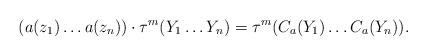
LaTeX: \begin{align*}(a(z_1)\dots a(z_n))\cdot \tau^m(Y_1\dots Y_n)=\tau^m(C_a(Y_1)\dots C_a(Y_n)).\end{align*}